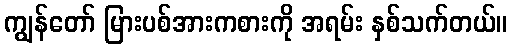
ကျွန်တော် မြားပစ်အားကစားကို အရမ်း နှစ်သက်တယ်။